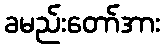
ခမည်းတော်အား